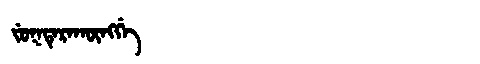
Manchu: ᠵᡠᡴᡨᡝᡵᠠᡴᡡᠩᡤᡝ
Romanization: JUKTERAKŪNGGE